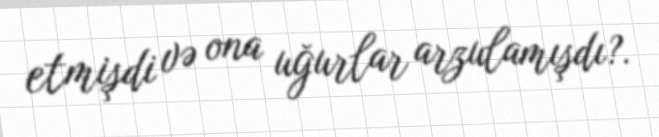
etmişdi və ona uğurlar arzulamışdı?.